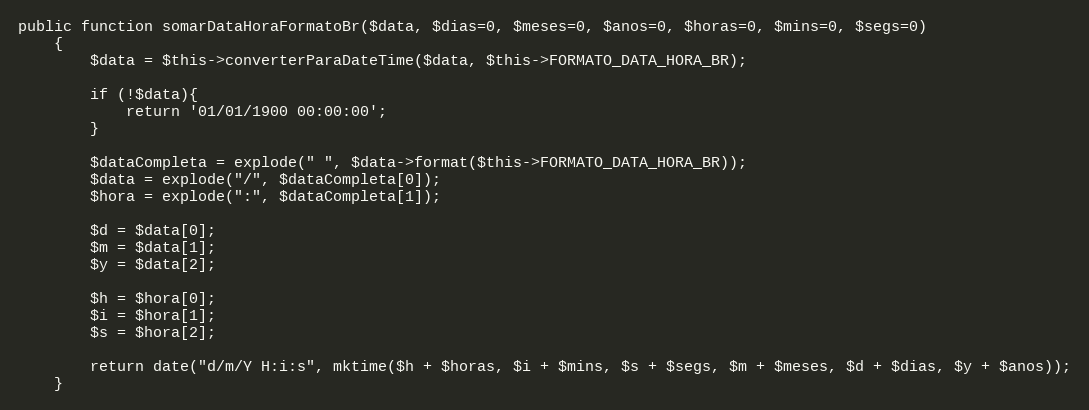
Language: PHP
public function somarDataHoraFormatoBr($data, $dias=0, $meses=0, $anos=0, $horas=0, $mins=0, $segs=0)
    {
        $data = $this->converterParaDateTime($data, $this->FORMATO_DATA_HORA_BR);

        if (!$data){
            return '01/01/1900 00:00:00';
        }

        $dataCompleta = explode(" ", $data->format($this->FORMATO_DATA_HORA_BR));
        $data = explode("/", $dataCompleta[0]);
        $hora = explode(":", $dataCompleta[1]);

        $d = $data[0];
        $m = $data[1];
        $y = $data[2];

        $h = $hora[0];
        $i = $hora[1];
        $s = $hora[2];

        return date("d/m/Y H:i:s", mktime($h + $horas, $i + $mins, $s + $segs, $m + $meses, $d + $dias, $y + $anos));
    }